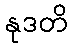
နုဒတိ